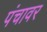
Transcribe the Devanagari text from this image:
पंचावर